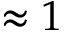
\approx 1